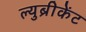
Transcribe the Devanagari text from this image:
ल्युब्रीकेंट